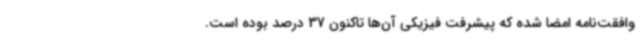
وافقت‌نامه امضا شده که پیشرفت فیزیکی آن‌ها تاکنون 37 درصد بوده است.